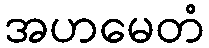
အဟမေတံ